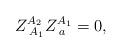
LaTeX: \begin{align*}Z_{\;A_1}^{A_2}Z_{\;a}^{A_1}=0,\end{align*}